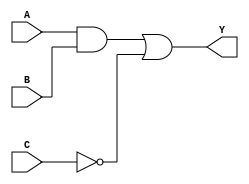
module combinational_logic_block (
    input wire A,     // Input A
    input wire B,     // Input B
    input wire C,     // Input C
    output wire Y     // Output Y
);

// Internal signals for intermediate results
wire A_and_B;           // AND result of A and B
wire not_C;             // NOT result of C

// Logic Gate Implementations
assign A_and_B = A & B; // AND gate
assign not_C = ~C;       // NOT gate
assign Y = A_and_B | not_C; // OR gate for final output

endmodule